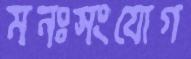
মনঃসংযোগ